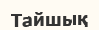
Тайшық